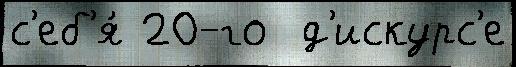
с'еб'я́ 20-го  д'искурс'е